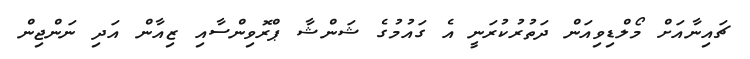
ޗައިނާއަށް މޯލްޑިވިއަން ދަތުރުކުރަނީ އެ ގައުމުގެ ޝަންޝާ ޕްރޮވިންސާއި ޒިއާން އަދި ނަންޖިން